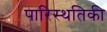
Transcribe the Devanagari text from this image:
पारिस्थतिकी